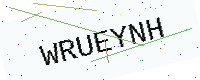
Text: WRUEYNH